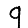
Digit: 9